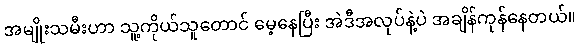
အမျိုးသမီးဟာ သူ့ကိုယ်သူတောင် မေ့နေပြီး အဲဒီအလုပ်နဲ့ပဲ အချိန်ကုန်နေတယ်။